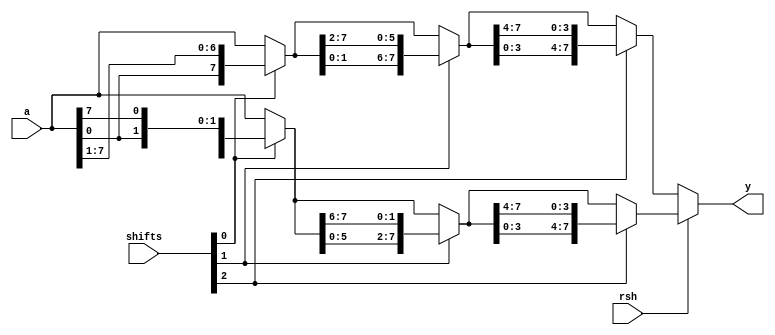
module enhanced_barrel_shifter(
	input [7:0]a,
	input rsh,
	input [3:0]shifts,
	output [7:0]y
);

reg[7:0] s0, s1, s2;

always@*
begin
	if(rsh) // Shift << 
		begin
		s0 = shifts[0] ? {a[6:0], a[7]} : a; 		// << 1
		s1 = shifts[1] ? {s0[5:0], s0[7:6]} : s0; 	// << 2
		s2 = shifts[2] ? {s1[3:0], s1[7:4]} : s1; 	// << 4
		end
	else
		begin
		s0 = shifts[0] ? {a[0], a[7:1]} : a; 		// >> 1
		s1 = shifts[1] ? {s0[1:0], s0[7:2]} : s0; 	// >> 2
		s2 = shifts[2] ? {s1[3:0], s1[7:4]} : s1; 	// >> 4
		end
end

assign y = s2;

endmodule